Annual administration report of the Civil Veterinary Department of India - 1906-1907
Year: 1906
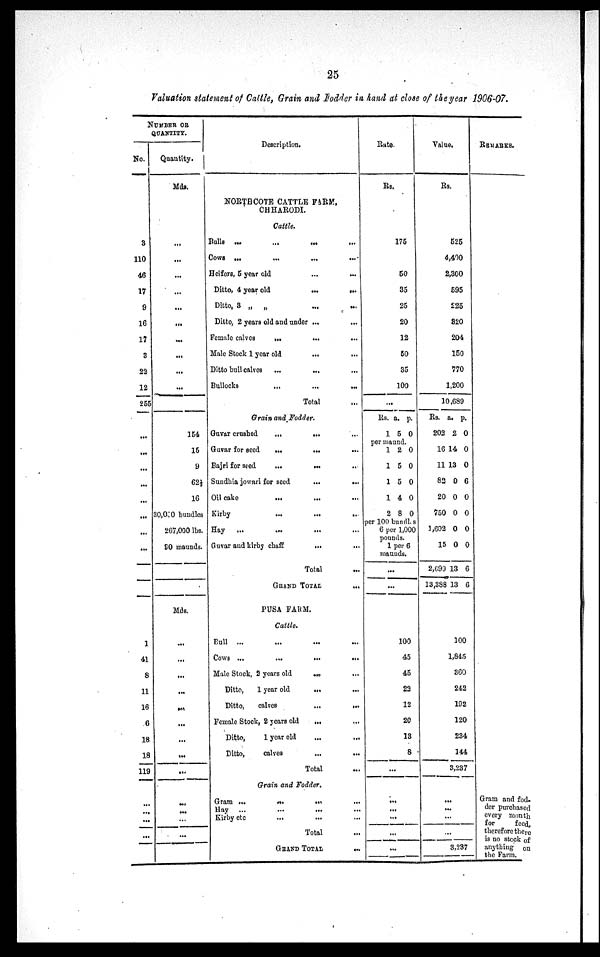
25
Valuation statement of Cattle, Grain and Fodder in hand at close of the year 1906-07.
NUMBER OF
QUANTITY.
No.
3
110
46
17
9
16
17
3
22
12
255
...
...
...
...
...
...
...
...
1
41
8
11
16
6
18
18
119
...
...
...
...
Quantity.
Mds.
...
...
...
...
...
...
...
...
...
...
...
154
15
9
62½
16
30,000 bundles
267,000 lbs.
90 maunds.
Mds.
...
...
...
...
...
...
...
...
...
...
...
...
...
Description.
NORTHCOTE CATTLE FARM,
CHHARODI.
Cattle.
Bulls
...
...
...
...
Cows ...
...
...
...
Heifers, 5 year old ... ...
Ditto, 4 year old
...
...
Ditto, 3 „
„
...
...
Ditto, 2 years old and under ...
Female calves
...
...
...
Male Stock 1 year old
Ditto bull calves
Bullocks
...
...
...
Total
Grain and Fodder.
Guvar crushed
...
... ...
Guvar for seed
...
... ...
Bajri for seed
...
... ..
Sundhia jowari for seed
...
...
Oil cake
Kirby ... ... ... ...
Hay
...
Guvar and kirby chaff
... ...
Total
Grand
Total
...
PUSA FARM.
Cattle.
Bull ... ... ... ...
Cows ...
...
...
...
Male Stock, 2 years old ... ...
Ditto,
1 year old
...
Ditto,
calves
...
...
Female Stock, 2 years old
...
Ditto,
1 year old
...
...
Ditto,
calves ... ...
Total
Grain and Fodder.
Gram ...
...
...
...
Hay ... ... ... ...
Kirby etc ... ... ...
Total ...
GRAND TOTAL
...
Rate.
Rs.
175
50
35
25
20
12
50
35
100
...
Rs.
1
a.
5
p.
0
per maund.
1
1
1
1
2
2
5
5
4
8
0
0
0
0
0
per 100 bundles
6 per 1,000
pounds. 1 per 6
maunds.
...
...
100
45
45
22
12
20
13
8
...
...
...
...
...
...
Value.
Rs.
525
4,400
2,300
595
225
320
204
150
770
1,200
10,689
Rs.
202
16
11
82
20
750
1,602
15
2,699
13,388
a.
2
14
13
0
0
0
0
0
13
13
p.
0
0
0
6
0
0
0
0
6
6
100
1,845
360
242
192
120
234
144
3,237
...
...
...
...
3,237
REMARKS.
Gram and fod-
der purchased
every month.
for
feed
therefore there
is no stock of
anything on
the Farm.